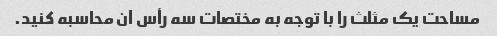
مساحت یک مثلث را با توجه به مختصات سه رأس آن محاسبه کنید.